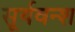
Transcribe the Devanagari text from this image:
सूर्यवन्श